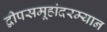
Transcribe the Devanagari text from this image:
द्वीपसमूहांदरम्यान